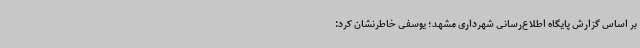
بر اساس گزارش پایگاه اطلاع‌رسانی شهرداری مشهد؛ یوسفی خاطرنشان کرد: